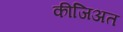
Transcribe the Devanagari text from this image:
कीजिअत